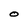
Character: O